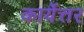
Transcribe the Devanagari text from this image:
कार्येत्तर